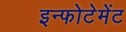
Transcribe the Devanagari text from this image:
इन्फोटेमेंट